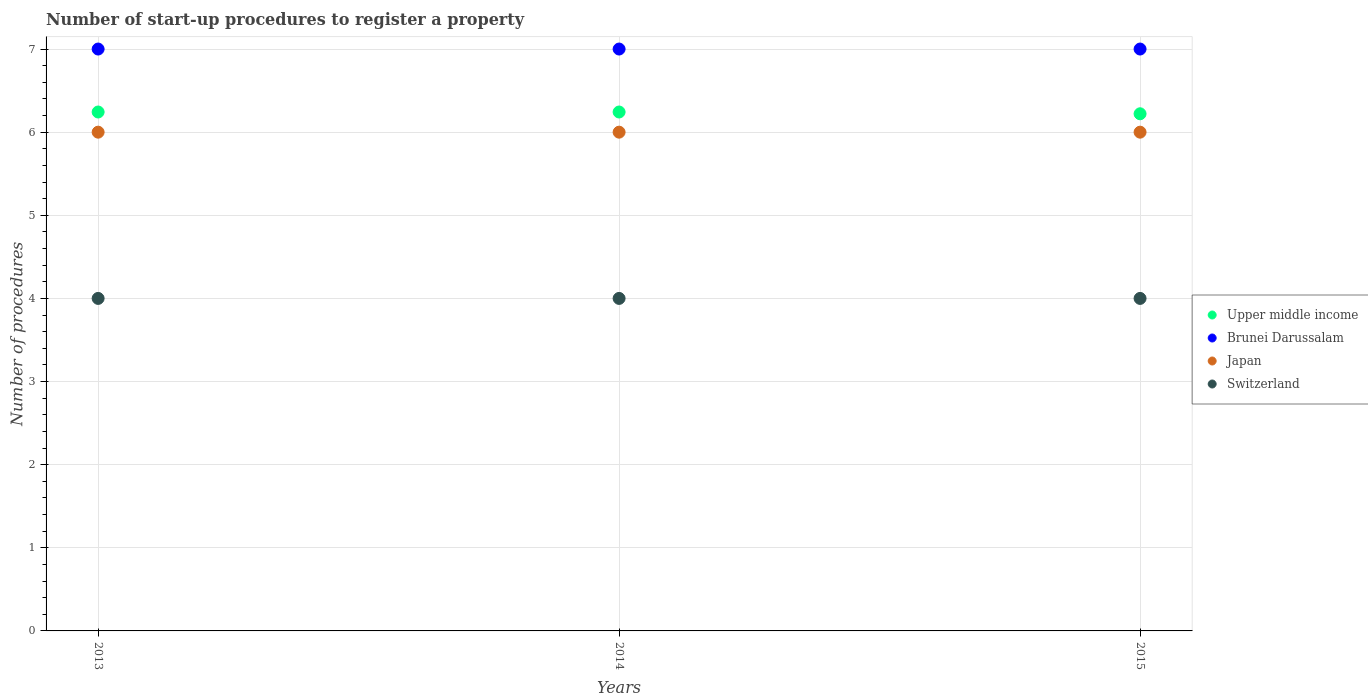
| Years | Upper middle income | Brunei Darussalam | Japan | Switzerland |
 | --- | --- | --- | --- | --- |
 | 2013 | 6.24 | 7 | 6 | 4 |
 | 2014 | 6.24 | 7 | 6 | 4 |
 | 2015 | 6.22 | 7 | 6 | 4 |